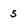
Character: 5